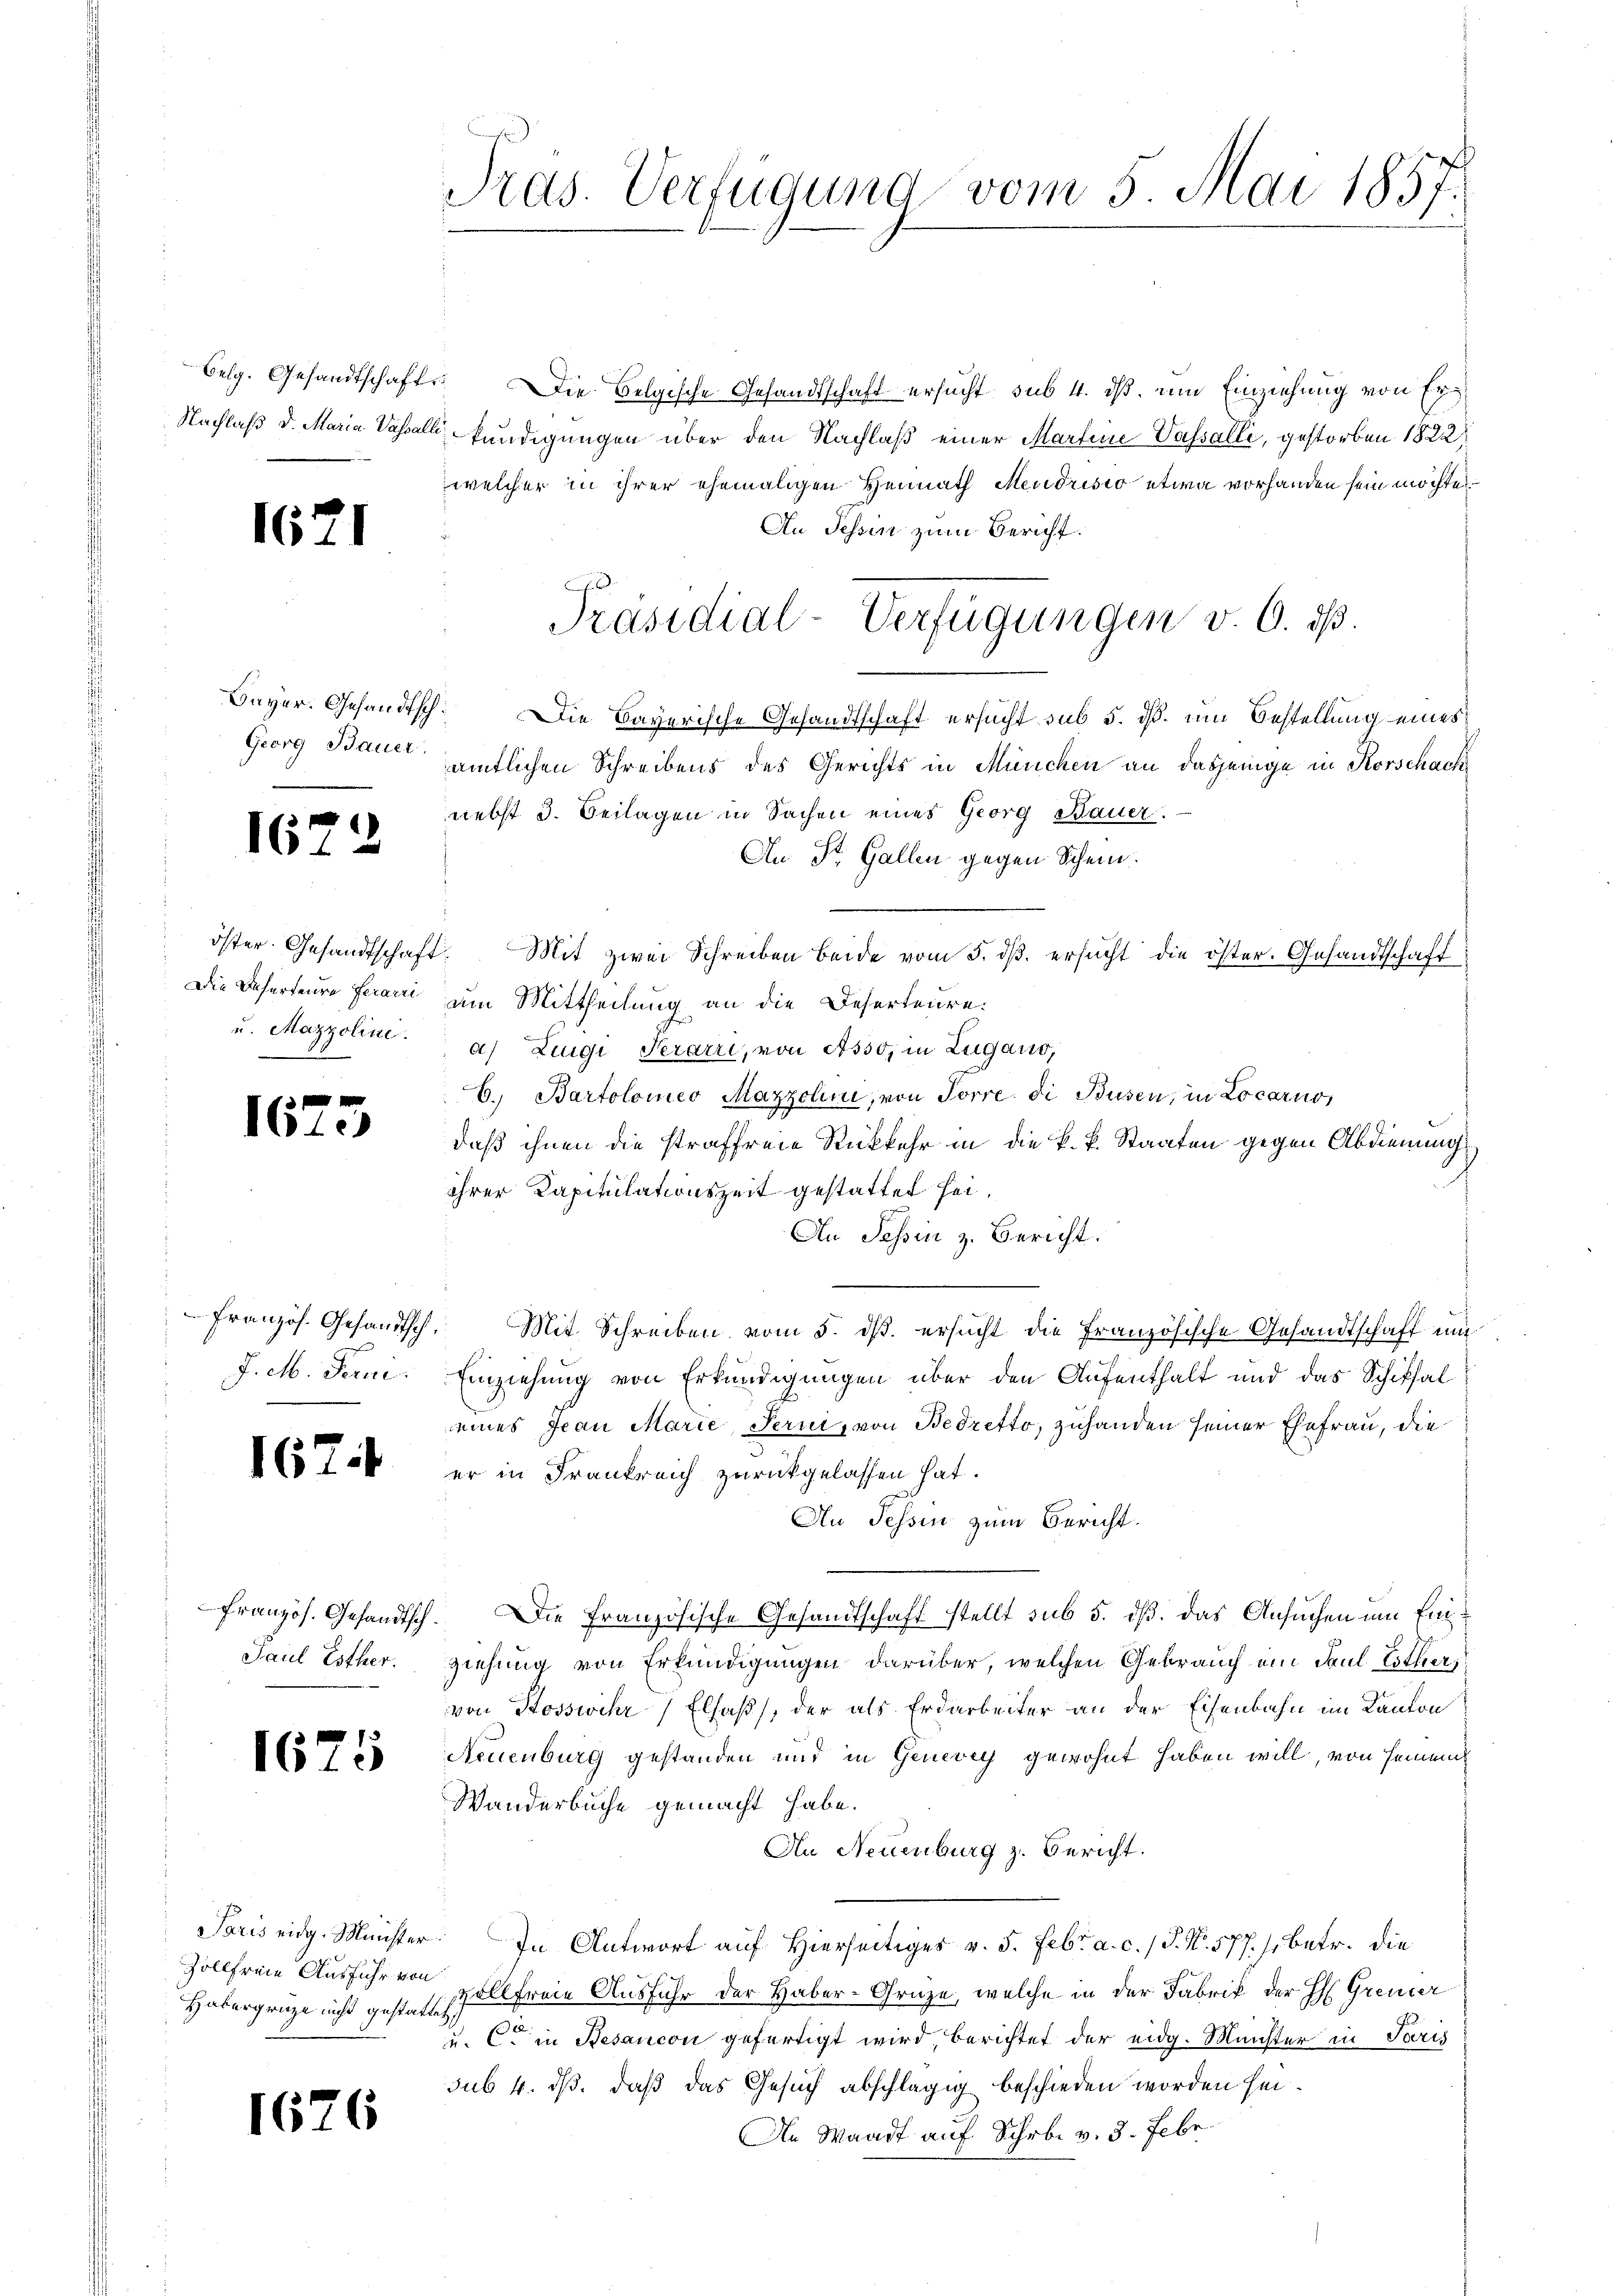
Selg. Gesandtschaft
Nachlaß d. Maria Vasali

1621

Georg Bauer

1672

öster. Gesandtschaft
Die Daherfeure ferarri
u. Mazzoline.

f
16te

J. M. Ferni

167

Französ. Gesandtsch
Paul Esther.

1675

Paris eidg. Minister
Gollfreie Ausführ von
Habergrüze nicht gestatte

1676

Tras. Verfügung vom 5. Mai 1857.

Die Belgische Gesandtschaft ersucht sub 4. ds, um Einziehung von Erkundigungen über den Nachlaß einer Martine Vassalli, gestorben 1822
welcher in ihrer ehemaligen Heimath Mendrisio etwa vorhanden sein möchte,
An Tessin zum Bericht.
Bayer. Gesandtsch. Die Bayerische Gesandtschaft ersucht sub 5. dß. um Bestellung eines
amtlichen Schreibens des Gerichts in München an dasjenige in Korschack
nebst 3. Beilagen in Sachen eines Georg Bauer.
An St. Gallen gegen Schein.
. Mit zwei Schreiben beide vom 5. dβ ersucht die öster. Gesandtschaft
um Mittheilung an die Deserteure.
a) Zigi Perarri, von 1530, in Zugano,
6.) Bartolomeo Mazzolini, von Torre di Busen, in Locarno,
daß ihnen die straffreie Rückkehr in die k. k. Staaten gegen Abdienung
ihrer Kapitulationszeit gestattet sei.
An Schin z. Bericht.
französ. Gesandtsch. Mit Schreiben vom 5. ds. ersucht die Französische Gesandtschaff un
Einziehung von Erkundigungen über den Aufenthalt und das Schiffal
eines Jean Marie, Perni, von Bedretto, zuhanden seiner Ehefrau, die
er in Frankreich zurückgelassen hat.
An Tessin zum Bericht.
 Die Französische Gesandtschaft stellt sub 5. dß. Das Ansuchen um Einziehung von Erkundigungen darüber, welchen Gebrauch ein Paul Lother,
von Kosswihr, Elsaß, der als Erdarbeiter an der Eisenbahn im Kanton
Neuenburg gestanden und in Genevey gewohnt haben will, von seinem
Wanderbuche gemacht habe.
An Neuenburg z. Bericht.
 In Antwort auf Hierseitiges v. 5. Febr. a. c. / P. Nr. 577. s. betr. die
vollfreie Ausfuhr der Haber-Gruze, welche in der Fabrik der H: Grenzer
i
u. C. in Besancon gefertigt wird, berichtet der eidg. Münster in Paris
sub 4. dß, daß das Gesuch abschlägig beschieden worden sei.
An Waadt auf Schrbr. v. 3. Febr

Präsidial-Verfügungen v. 6. dß.